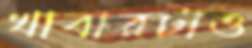
খাবারটাও